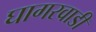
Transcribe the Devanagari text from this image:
घागरवाडी